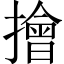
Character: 𢶒